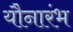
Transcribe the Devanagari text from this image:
यौनारंभ